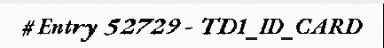
# Entry 52729 - TD1_ID_CARD